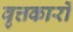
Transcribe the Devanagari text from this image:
वृत्तकारों